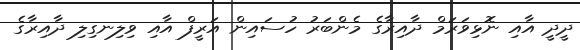
ދީދީ އާއި ނޮޅިވަރަމް ދާއިރާގެ މެންބަރު ހުސައިން އަރީފް އާއި ވިލިނގިލި ދާއިރާގެ